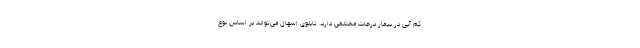
کم آبی در بیمار درجات مختلفی دارد. تابلوی اسهال می‌تواند بر اساس نوع